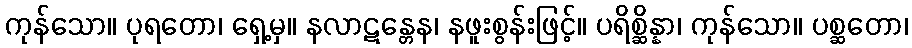
ကုန်သော။ ပုရတော၊ ရှေ့မှ။ နလာဋန္တေန၊ နဖူးစွန်းဖြင့်။ ပရိစ္ဆိန္နာ၊ ကုန်သော။ ပစ္ဆတော၊